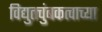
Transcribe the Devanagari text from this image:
विद्युतचुंबकत्वाच्या